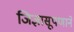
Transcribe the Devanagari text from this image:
जिज्ञासूपणाने